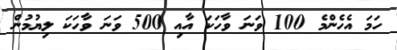
ހަމަ އެހެންމެ 100 ވަނަ ވާހަކަ އާއި 500 ވަނަ ވާހަކަ ލިޔުމުން